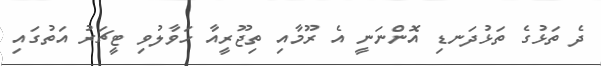
ދެ ތަޅުގެ ތަޅުދަނޑި އޮންނަނީ އެ ރޫމާއި ތިޖޫރީއާ ހަވާލުވި ޓީޗަރު އަތުގައި